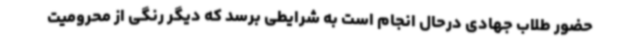
حضور طلاب جهادی درحال انجام است به شرایطی برسد که دیگر رنگی از محرومیت